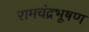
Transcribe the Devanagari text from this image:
रामचंद्रभूषण